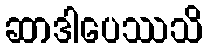
ဆာဒါပေဿသိ